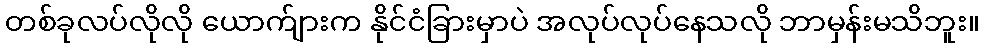
တစ်ခုလပ်လိုလို ယောက်ျားက နိုင်ငံခြားမှာပဲ အလုပ်လုပ်နေသလို ဘာမှန်းမသိဘူး။